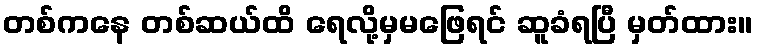
တစ်ကနေ တစ်ဆယ်ထိ ရေလို့မှမဖြေရင် ဆူခံရပြီ မှတ်ထား။